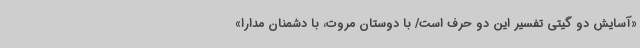
«آسایش دو گیتی تفسیر این دو حرف است/ با دوستان مروت، با دشمنان مدارا»